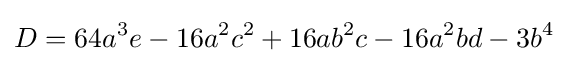
D=64a^{3}e-16a^{2}c^{2}+16ab^{2}c-16a^{2}bd-3b^{4}